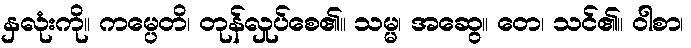
နှလုံးကို။ ကမ္ပေတိ၊ တုန်လှုပ်စေ၏။ သမ္မ၊ အဆွေ။ တေ၊ သင်၏။ ဝါစာ၊